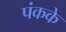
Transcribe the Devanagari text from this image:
पंकके